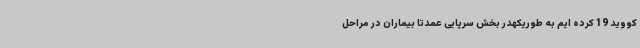
کووید 19 کرده ایم به طوریکهدر بخش سرپایی عمدتاً بیماران در مراحل